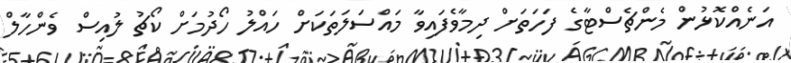
އަނެއްކޮޅުން މެންޗެސްޓާގެ ފަހަތަށް ދިމާވެފައިވާ މައްސަލަތަކަށް ހައްލު ހޯދުމަށް ކޯޗު ލުއިސް ވެންހާލް